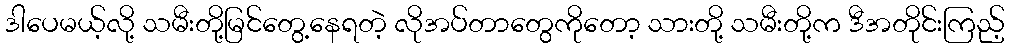
ဒါပေမယ့်လို့ သမီးတို့မြင်တွေ့နေရတဲ့ လိုအပ်တာတွေကိုတော့ သားတို့ သမီးတို့က ဒီအတိုင်းကြည့်